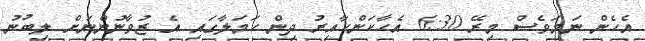
އެހެން ނަމަވެސް މިރޭ 6:30 އެހާކަންހާއިރު ދިން ހަމަލާގައި އެ ޒުވާނުންނަށް ލިބުނު